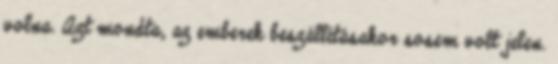
volna. Azt mondta, az emberek beszállításakor sosem volt jelen.